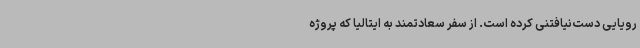
رویایی دست‌نیافتنی کرده است. از سفر سعادتمند به ایتالیا که پروژه